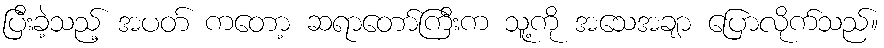
ပြီးခဲ့သည့် အပတ် ကတော့ ဆရာတော်ကြီးက သူ့ကို အသေအချာ ပြောလိုက်သည်။